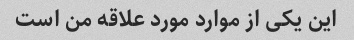
این یکی از موارد مورد علاقه من است